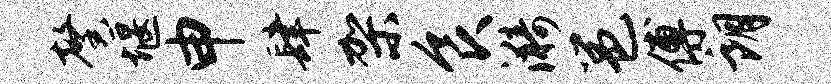
馨堰申肆架食漪邕傅朗